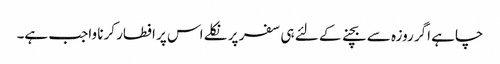
چاہے اگر روزہ سے بچنے کے لئے ہی سفر پر نکلے اس پر افطار کرنا واجب ہے۔